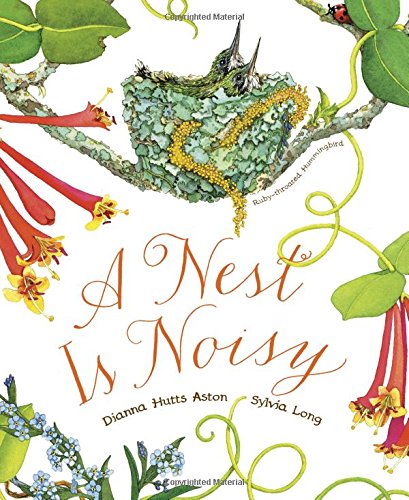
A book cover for A Nest Is Noisy; Dianna Hutts Aston; Children's Books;